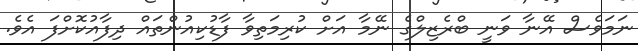
ނަމަވެސް އޭނާ ވަނީ ބްރެޒިލްގެ ނޭމާ އަށް ކުރިމަތިވާ ފާޑުކިއުންތައް ދިފާއުކޮށްފަ އެވެ.